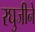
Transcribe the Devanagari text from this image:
रघुजीने